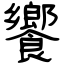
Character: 饗